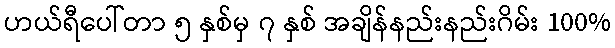
ဟယ်ရီပေါ်တာ ၅ နှစ်မှ ၇ နှစ် အချိန်နည်းနည်းဂိမ်း 100%